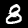
Label: 8